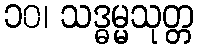
၁၀၊ သဒ္ဓမ္မသုတ္တ